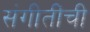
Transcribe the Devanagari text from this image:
संगीतींची